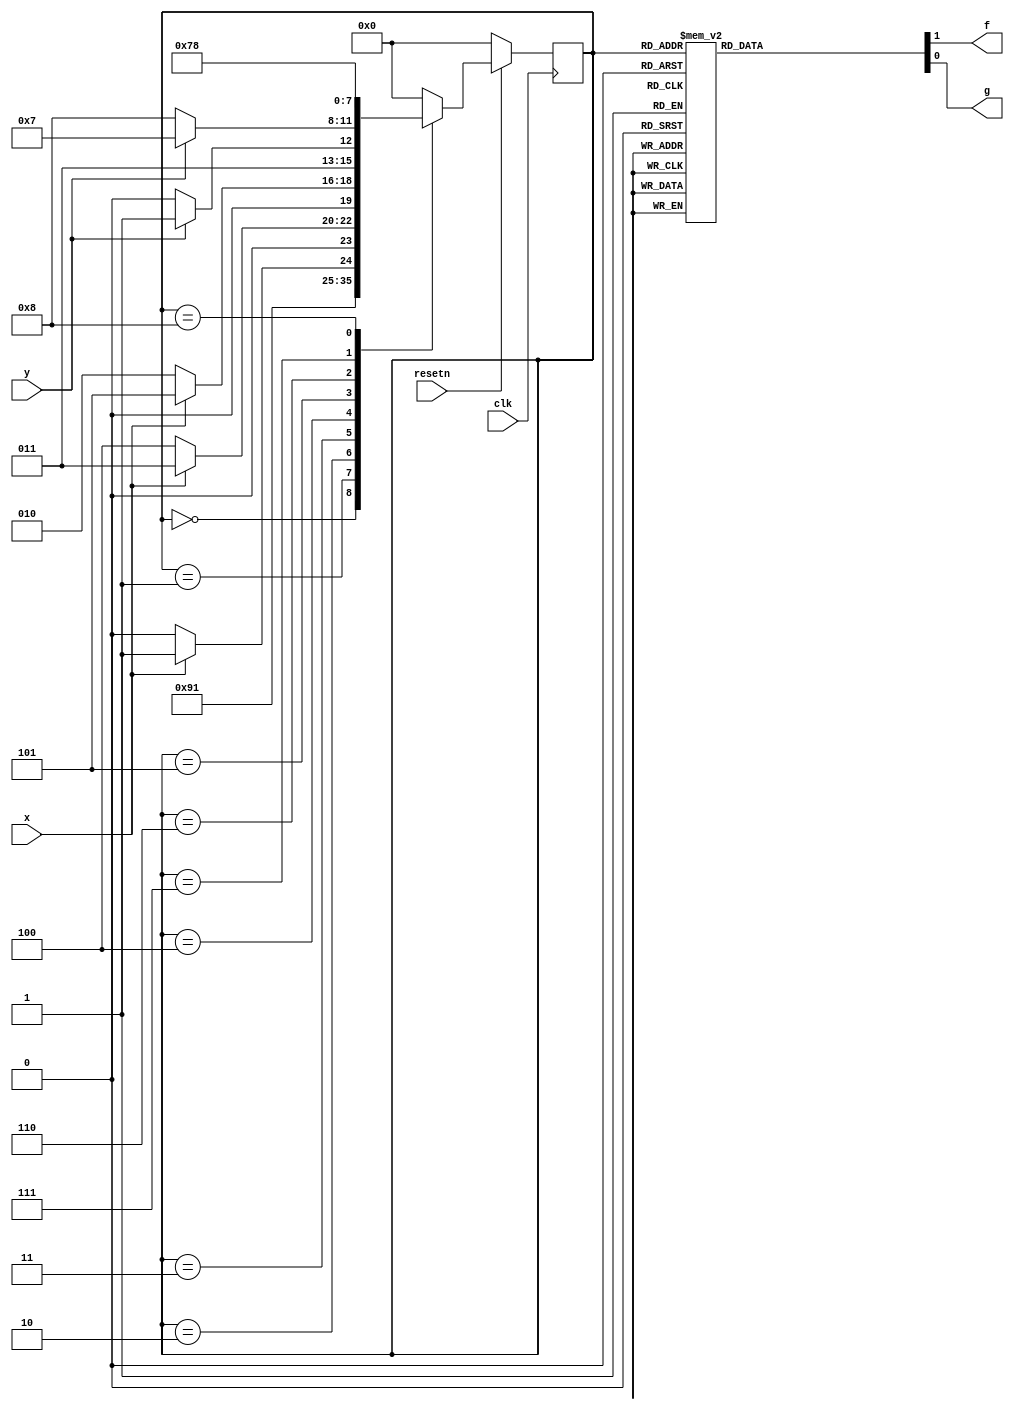
module top_module (
    input clk,
    input resetn,    // active-low synchronous reset
    input x,
    input y,
    output f,
    output g
); 
    localparam 	A = 4'b0000,
    			B = 4'b0001, 
    			C = 4'b0010, 
    			D =	4'b0011, 
    			E = 4'b0100, 
    			F = 4'b0101, 
				G = 4'b0110, 
    			H = 4'b0111, 
    			J = 4'b1000;
    			
    
    reg [3:0]	current_state, next_state;
    wire [1:0]	fandg;
    assign f = fandg[1];
    assign g = fandg[0];
    
    always @ ( * ) begin
        next_state = A;
        case ( current_state )
            A:	next_state = resetn ? B : A;
            B:	next_state = C;
            C:	next_state = x ? D : C;
            D:	next_state = !x ? E : D;
            E:	next_state = x ? F : C;
            F:	next_state = y ? H : G;
            G:	next_state = y ? H : J;
            H:	next_state = H;
            J:	next_state = J;
        endcase
    end

    always @ ( * ) begin
        fandg = 2'b00;
        case ( current_state )
            A:	fandg = 2'b00;
            B:	fandg = 2'b10;
            C:	fandg = 2'b00;
            D:	fandg = 2'b00;
            E:	fandg = 2'b00;
            F:	fandg = 2'b01;
            G:	fandg = 2'b01;
            H:	fandg = 2'b01;
            J:	fandg = 2'b00;
        endcase
    end
    
    always @ ( posedge clk ) begin
        if ( !resetn )
            current_state <= A;
        else
            current_state <= next_state;
    end
endmodule